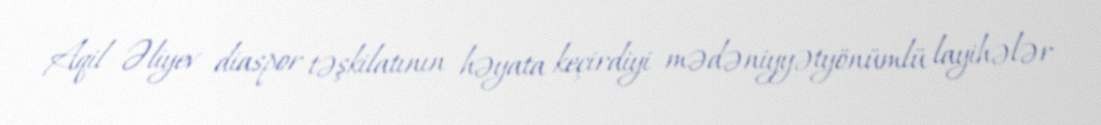
Aqil Əliyev diaspor təşkilatının həyata keçirdiyi mədəniyyətyönümlü layihələr